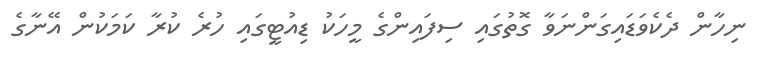
ނިހާން ދެކެވަޑައިގަންނަވާ ގޮތުގައި ސިފައިންގެ މީހަކު ޑިއުޓީގައި ހުރެ ކުރާ ކަމަކުން އޭނާގެ